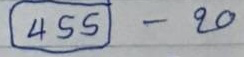
(455) - 20